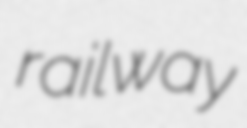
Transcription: railway